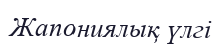
Жапониялық үлгі